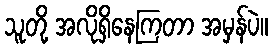
သူတို့ အလိုရှိနေကြတာ အမှန်ပဲ။